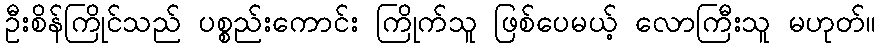
ဦးစိန်ကြိုင်သည် ပစ္စည်းကောင်း ကြိုက်သူ ဖြစ်ပေမယ့် လောကြီးသူ မဟုတ်။